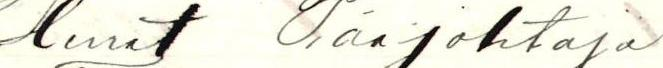
Herrat Pääjohtaja